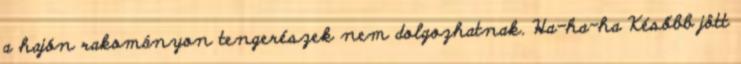
a hajón rakományon tengerészek nem dolgozhatnak. Ha-ha-ha Később jött